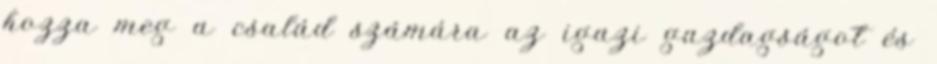
hozza meg a család számára az igazi gazdagságot és